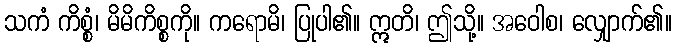
သကံ ကိစ္စံ၊ မိမိကိစ္စကို။ ကရောမိ၊ ပြုပါ၏။ ဣတိ၊ ဤသို့။ အဝေါစ၊ လျှောက်၏။